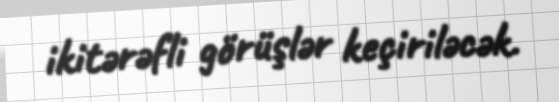
ikitərəfli görüşlər keçiriləcək.